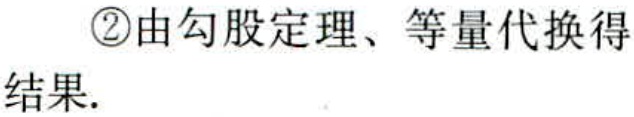
\textcircled{2}由勾股定理、等量代换得结果.